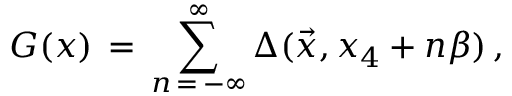
G ( x ) \, = \, \sum _ { n \, = \, - \infty } ^ { \infty } \Delta ( { \vec { x } } , x _ { 4 } + n \beta ) \, ,